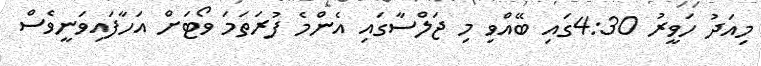
މިއަދު ހަވީރު 4:30ގައި ބޭއްވި މި ޖަލްސާގައި އެންމެ ފުރަތަމަ ވޯޓަށް އަހާފައިވަނީވެސް